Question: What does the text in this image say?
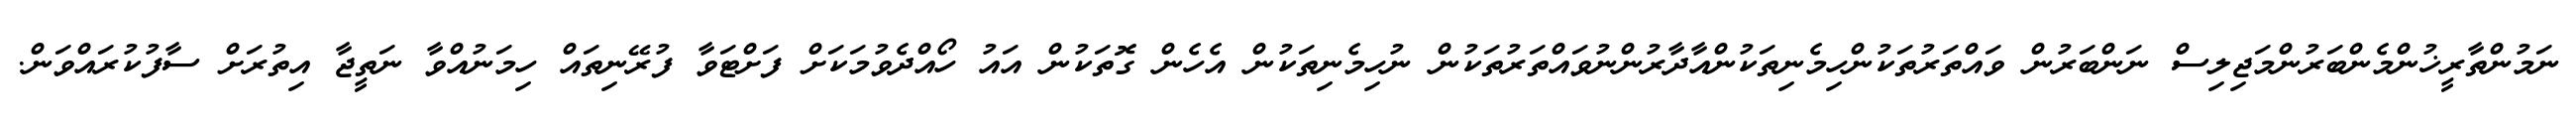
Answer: ނަމުންތާރީޚުންމެންބަރުންމަޖިލިސް ނަންބަރުން ވައްތަރުތަކުންހިމެނިތަކުންއާދާރުންނުވައްތަރުތަކުން ނުހިމެނިތަކުން އެހެން ގޮތަކުން އައު ހޯއްދެވުމަކަށް ފަށްޓަވާ ފުރޭނިތައް ހިމަނުއްވާ ނަތީޖާ އިތުރަށް ސާފުކުރައްވަން.